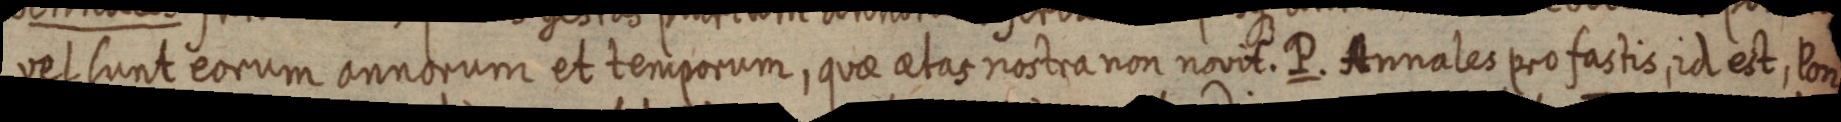
vel sunt eorum annorum et temporum, quae aetas nostra non novit. P. Annales pro fastis, id est, Pon